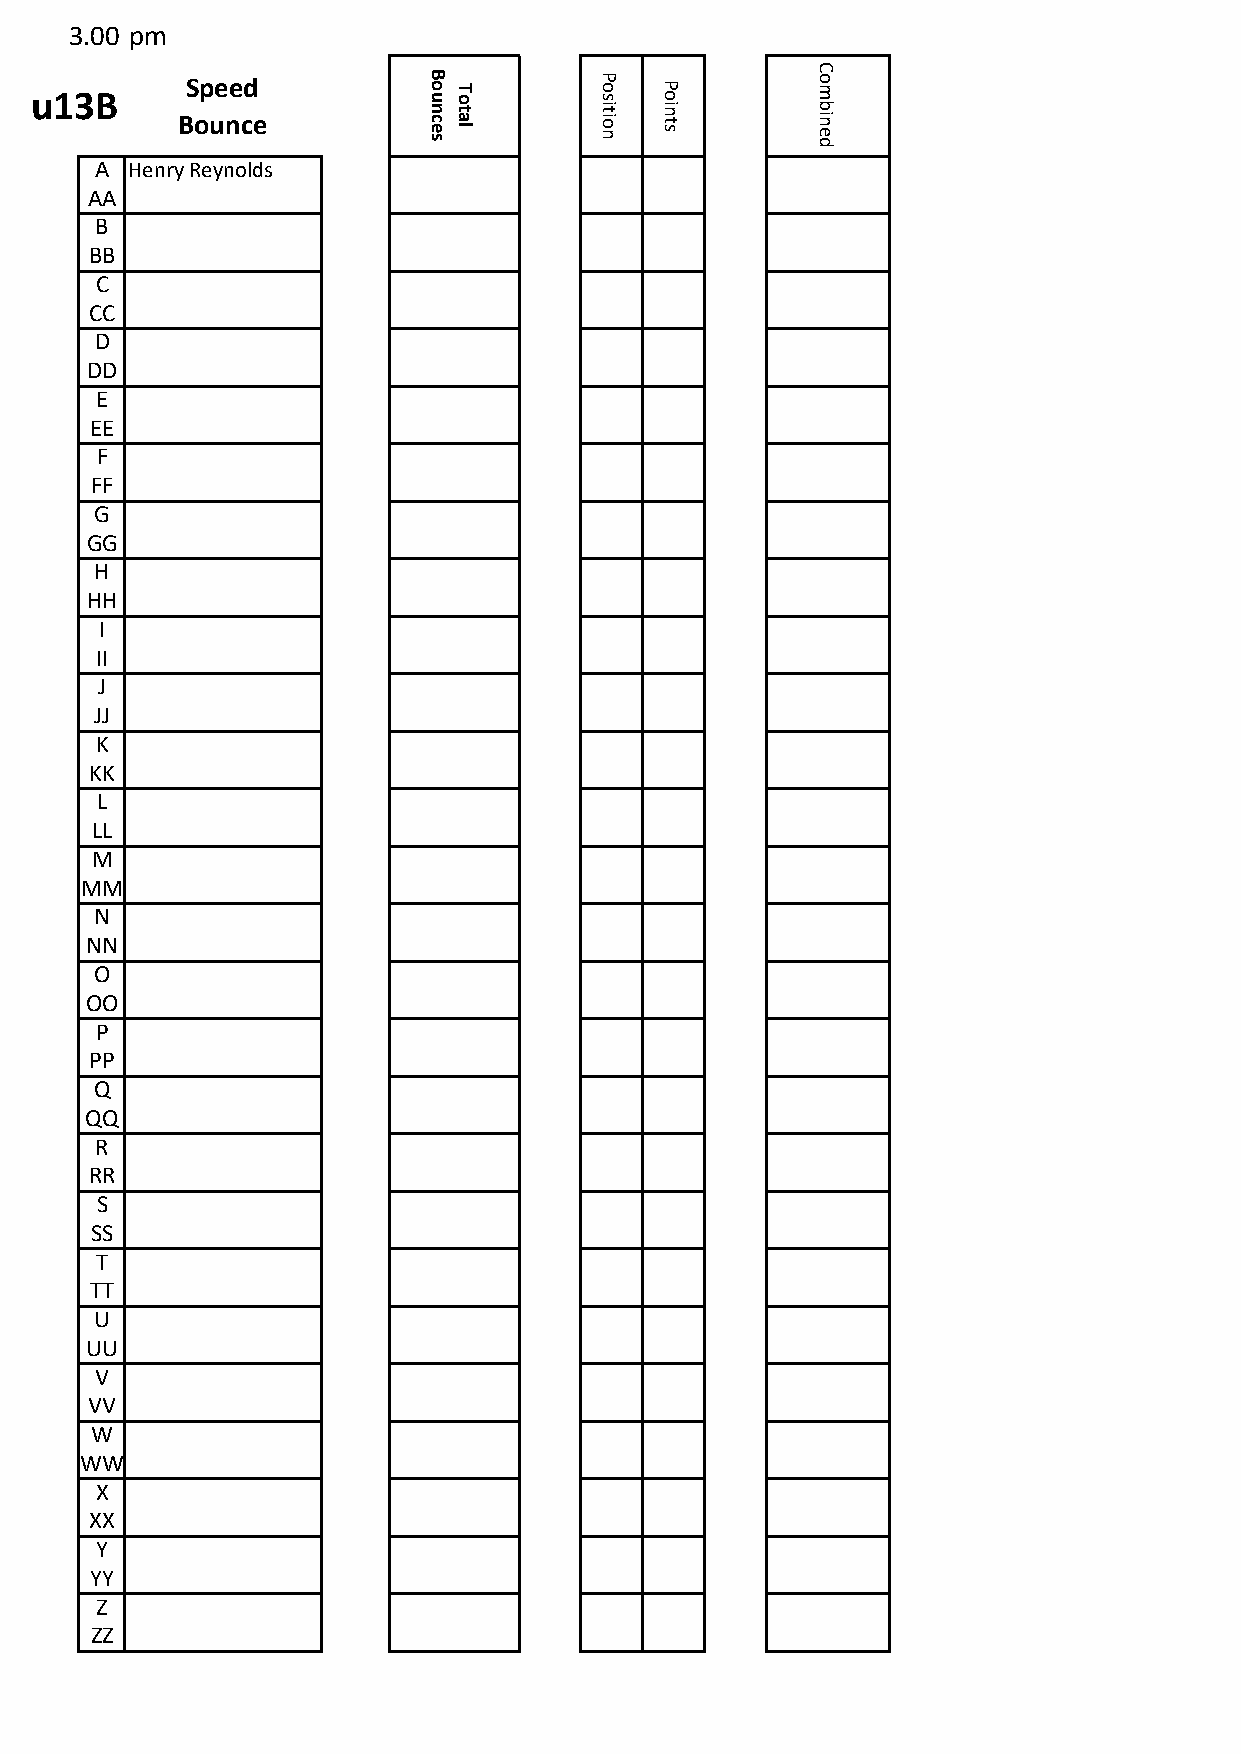
3.00 pm
 C
 u13B      Speed           B o uT o    P o s P o     o m
 Bounce
 n
 c e
 st
 a l
 it
 io n
 in
 t s
 b
 in e
 d
 A Henry Reynolds
 AA
 B
 BB
 C
 CC
 D
 DD
 E
 EE
 F
 FF
 G
 GG
 H
 HH
 I
 II
 J
 JJ
 K
 KK
 L
 LL
 M
 MM
 N
 NN
 O
 OO
 P
 PP
 Q
 QQ
 R
 RR
 S
 SS
 T
 TT
 U
 UU
 V
 VV
 W
 WW
 X
 XX
 Y
 YY
 Z
 ZZ